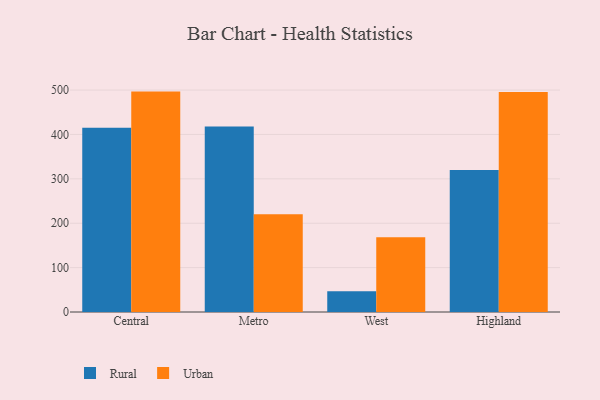
{"axis": {"x": "Region", "y": "Satisfaction Score"}, "legend": ["Rural", "Urban"], "data": [{"x": "Central", "y": 415.3, "type": "Rural"}, {"x": "Central", "y": 496.5, "type": "Urban"}, {"x": "Metro", "y": 417.6, "type": "Rural"}, {"x": "Metro", "y": 220.4, "type": "Urban"}, {"x": "West", "y": 46.8, "type": "Rural"}, {"x": "West", "y": 168.3, "type": "Urban"}, {"x": "Highland", "y": 319.7, "type": "Rural"}, {"x": "Highland", "y": 495.8, "type": "Urban"}]}